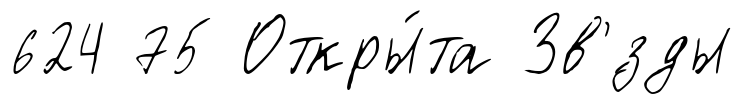
624 75 Откры́та Зв'́зды